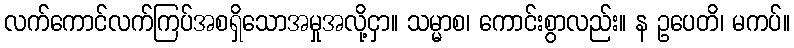
လက်ကောင်လက်ကြပ်အစရှိသောအမှုအလို့ငှာ။ သမ္မာစ၊ ကောင်းစွာလည်း။ န ဥပေတိ၊ မကပ်။